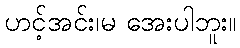
ဟင့်အင်း၊မ အေးပါဘူး။